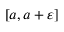
[ a , a + \varepsilon ]